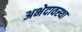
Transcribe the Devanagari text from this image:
अभेदावस्था